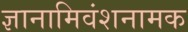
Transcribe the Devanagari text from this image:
ज्ञानामिवंशनामक